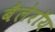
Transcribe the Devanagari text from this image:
बैलेरॉय